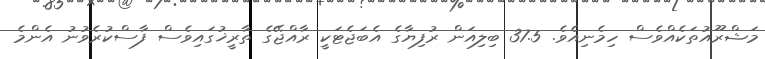
މަޝްރޫއުތަކެއްވެސް ހިމެނިއެވެ. 37.5 ބިލިއަން ރުފިޔާގެ އެބަޖެޓަކީ ރާއްޖޭގެ ތާރީޚުގައިވެސް ފާސްކުރެވުނު އެންމެ